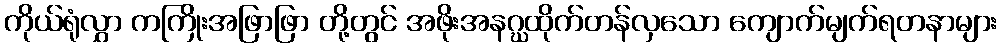
ကိုယ်ရုံလွှာ ကကြိုးအဖြာဖြာ တို့တွင် အဖိုးအနဂ္ဃထိုက်တန်လှသော ကျောက်မျက်ရတနာများ